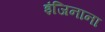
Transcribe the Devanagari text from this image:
इंजिनाना